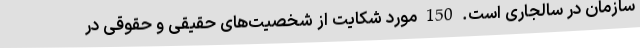
سازمان در سالجاری است. 150 مورد شکایت از شخصیت‌های حقیقی و حقوقی در